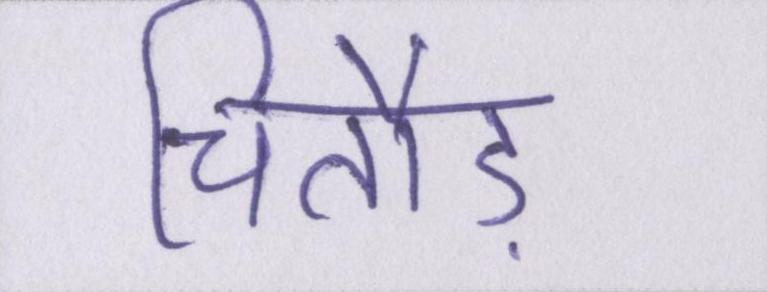
चितौड़